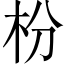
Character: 枌